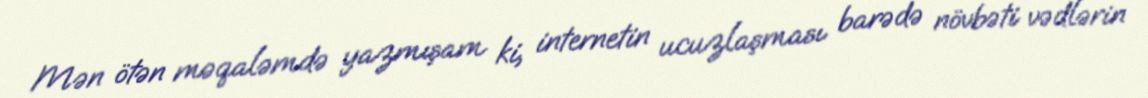
Mən ötən məqaləmdə yazmışam ki, internetin ucuzlaşması barədə növbəti vədlərin